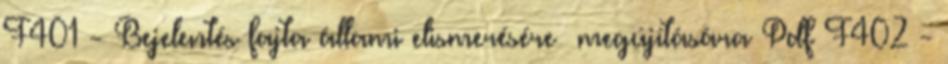
F401 - Bejelentés fajta állami elismerésére megújítására Pdf F402 -